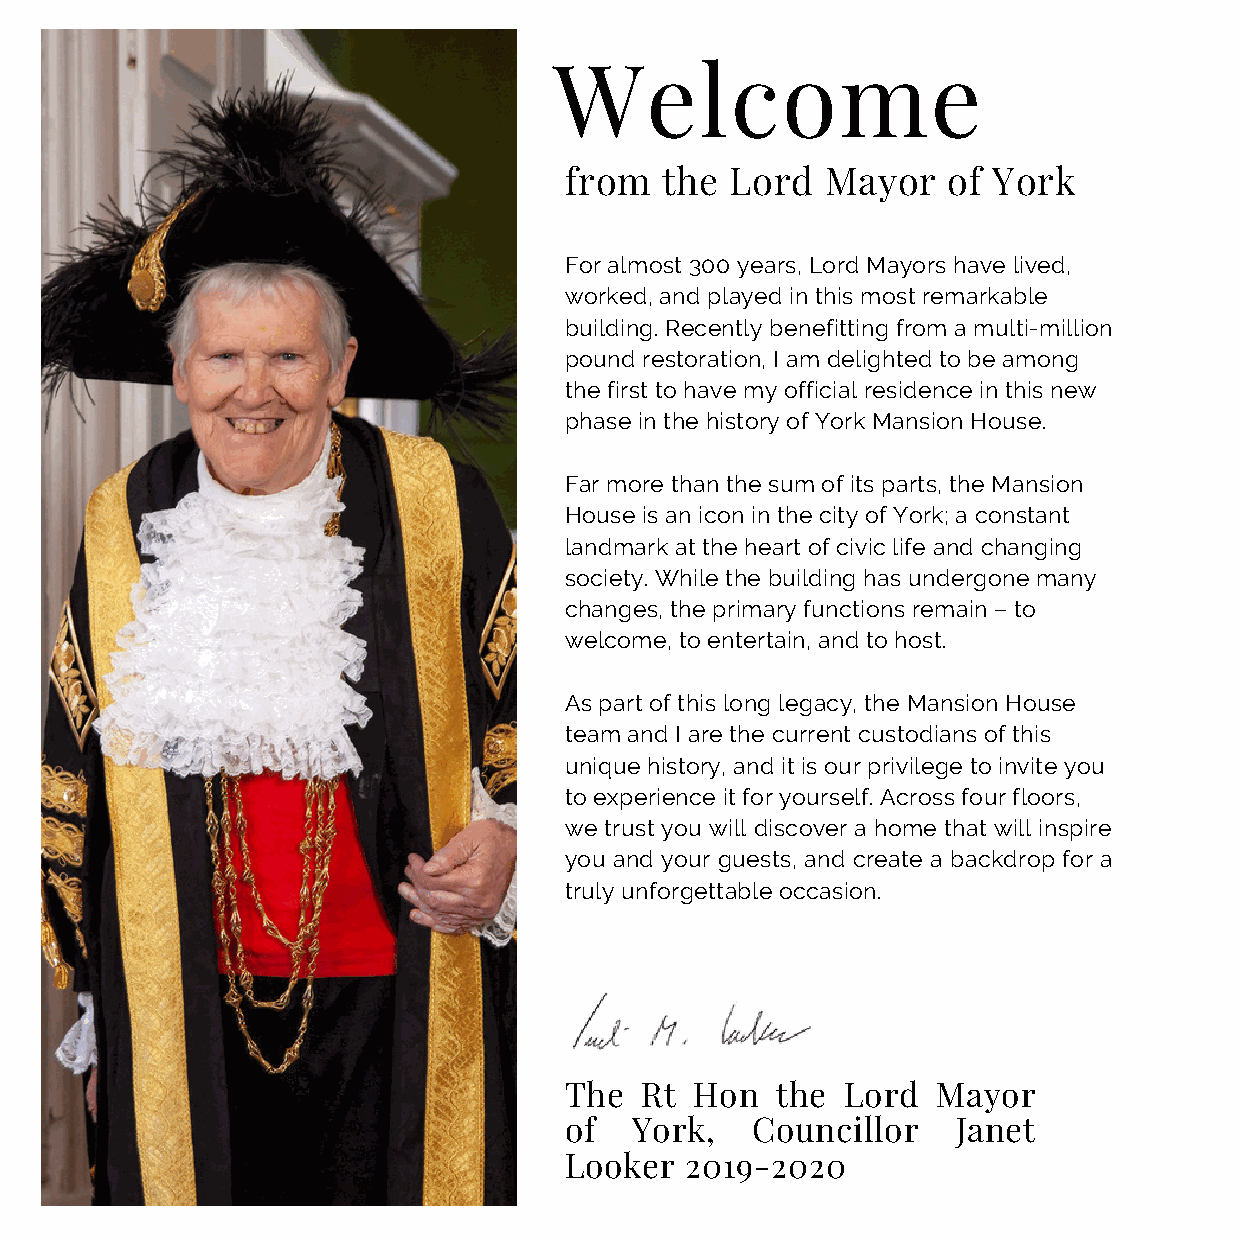
Welcome
 from   the Lord   Mayor   of York
 For almost 300 years, Lord Mayors have lived,
 worked, and played in this most remarkable
 building. Recently benefitting from a multi-million
 pound restoration, I am delighted to be among
 the first to have my official residence in this new
 phase in the history of York Mansion House.
 Far more than the sum of its parts, the Mansion
 House is an icon in the city of York; a constant
 landmark at the heart of civic life and changing
 society. While the building has undergone many
 changes, the primary functions remain – to
 welcome, to entertain, and to host.
 As part of this long legacy, the Mansion House
 team and I are the current custodians of this
 unique history, and it is our privilege to invite you
 to experience it for yourself. Across four floors,
 we trust you will discover a home that will inspire
 you and your guests, and create a backdrop for a
 truly unforgettable occasion.
 The  Rt  Hon  the  Lord  Mayor
 of   York,   Councillor   Janet
 Looker  2019-2020